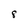
Character: 8